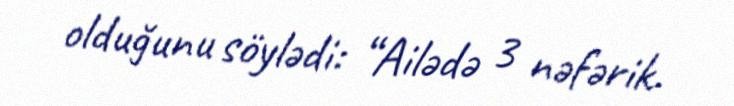
olduğunu söylədi: “Ailədə 3 nəfərik.